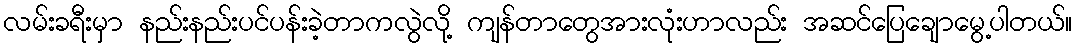
လမ်းခရီးမှာ နည်းနည်းပင်ပန်းခဲ့တာကလွဲလို့ ကျန်တာတွေအားလုံးဟာလည်း အဆင်ပြေချောမွေ့ပါတယ်။